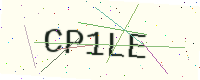
Text: CP1LE